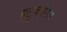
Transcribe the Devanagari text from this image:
ग्लुकॉगन